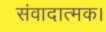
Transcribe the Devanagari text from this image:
संवादात्मक।